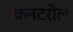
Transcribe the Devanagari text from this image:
कनटरोल